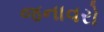
જનાવરો